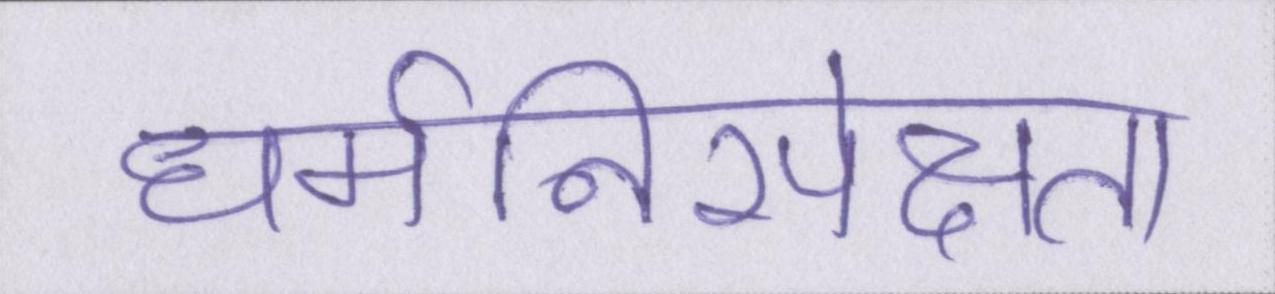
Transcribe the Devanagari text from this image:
धर्मनिरपेक्षता